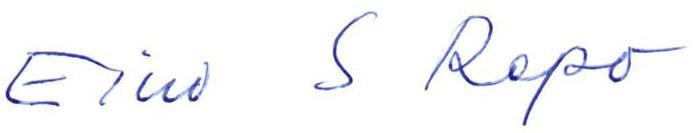
Eino S Repo